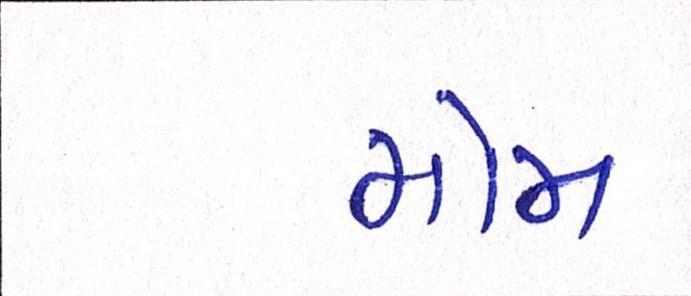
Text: મોમ